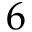
6